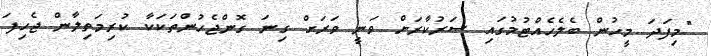
"މިފަދަ މީހުން ބެލެހެއްޓުމުގައި ސަރުކާރަށް ވަނީ ވަރަށް ގިނަ ގޮންޖެހުންތަކަކާ ކުރިމަތިލާން ޖެހިފަ